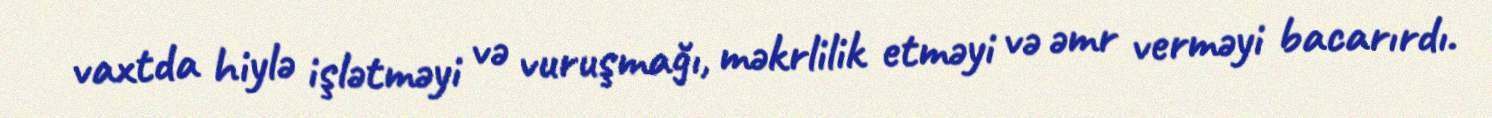
vaxtda hiylə işlətməyi və vuruşmağı, məkrlilik etməyi və əmr verməyi bacarırdı.